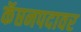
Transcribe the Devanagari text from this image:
कॅप्तनपदावर